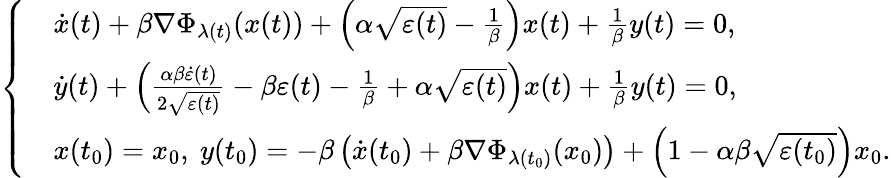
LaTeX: \left\{ \begin{array}{ll}&{\dot{x}(t)+\beta\nabla\Phi_{\lambda(t)}(x(t))+\left(\alpha\sqrt{\varepsilon(t)}-\frac{1}{\beta}\right)x(t)+\frac{1}{\beta}y(t)=0,}\\ &{\dot{y}(t)+\left(\frac{\alpha\beta\dot{\varepsilon}(t)}{2\sqrt{\varepsilon(t)}}-\beta\varepsilon(t)-\frac{1}{\beta}+\alpha\sqrt{\varepsilon(t)}\right)x(t)+\frac{1}{\beta}y(t)=0,}\\ &{x(t_{0})=x_{0},\ y(t_{0})=-\beta\left(\dot{x}(t_{0})+\beta\nabla\Phi_{\lambda(t_{0})}(x_{0})\right)+\left(1-\alpha\beta\sqrt{\varepsilon(t_{0})}\right)x_{0}.}\end{array}\right.